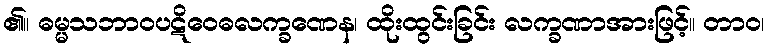
၏။ ဓမ္မသဘာဝပဋိဝေဓလက္ခဏေန၊ ထိုးထွင်းခြင်း လက္ခဏာအားဖြင့်။ တာဝ၊